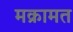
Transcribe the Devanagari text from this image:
मक्रामत